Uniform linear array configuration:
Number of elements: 16
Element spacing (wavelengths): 0.5
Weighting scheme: blackman
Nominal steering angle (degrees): -30
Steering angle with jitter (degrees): -30.86
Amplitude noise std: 0.05
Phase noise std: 0.05

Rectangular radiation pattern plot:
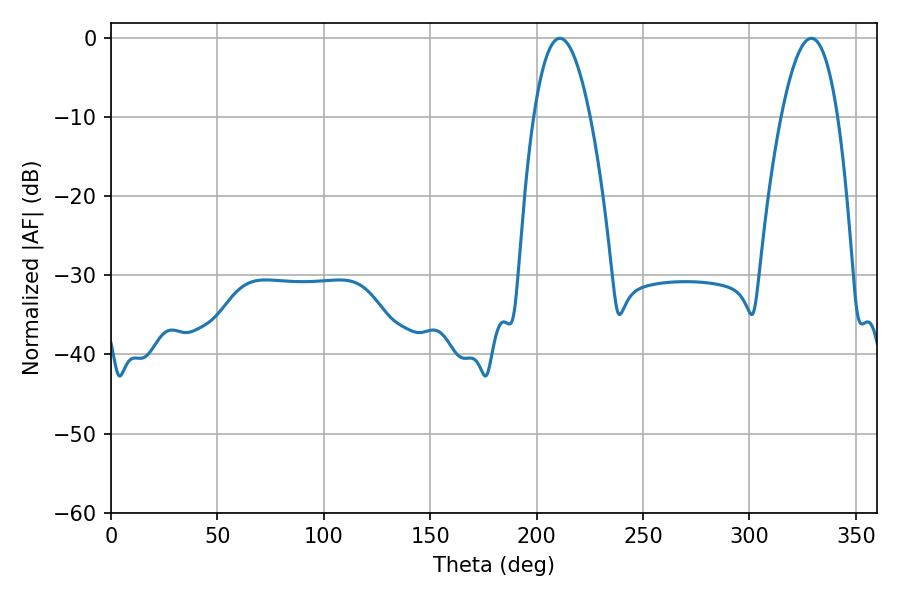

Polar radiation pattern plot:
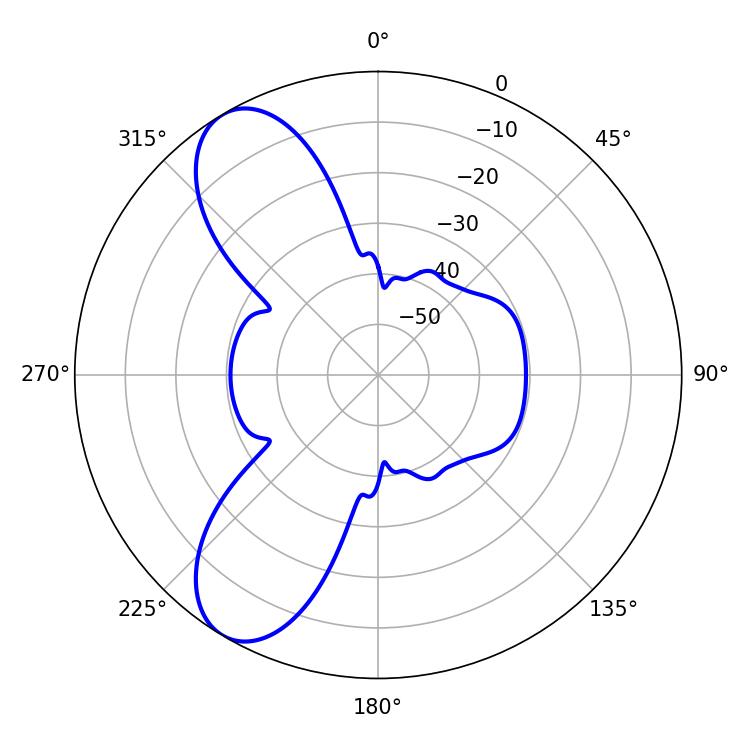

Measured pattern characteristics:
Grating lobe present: FALSE
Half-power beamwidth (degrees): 14.58
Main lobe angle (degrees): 210.96